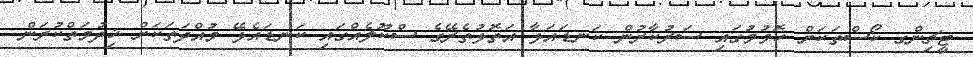
ޓީޗިންގ ކޯސްތަކަށް ހޮވުމުގައި ސަރުކާރުން ކަނޑައަޅާ އަތޮޅުތެރޭގެ ސްކޫލެއްގައި ކަނޑައެޅޭ މުއްދަތަކަށް ޚިދުމަތްކުރަން